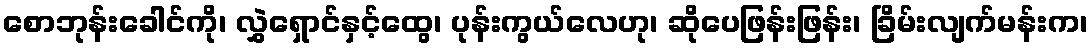
စောဘုန်းခေါင်ကို၊ လွှဲရှောင်နှင့်ထွေ၊ ပုန်းကွယ်လေဟု၊ ဆိုပေဖြန်းဖြန်း၊ ခြိမ်းလျက်မန်းက၊